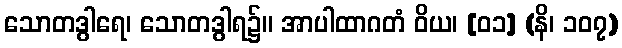
သောတဒွါရေ၊ သောတဒွါရ၌။ အာပါထာဂတံ ဝိယ၊ [၀၁] (နိ၊ ၁၀၇)